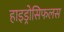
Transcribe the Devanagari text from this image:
हाइड्रोसिफलस